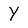
Character: Y